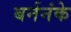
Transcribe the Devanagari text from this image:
बर्ननंके